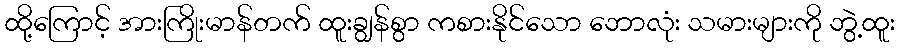
ထို့ကြောင့် အားကြိုးမာန်တက် ထူးချွန်စွာ ကစားနိုင်သော ဘောလုံး သမားများကို ဘွဲ့ထူး